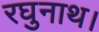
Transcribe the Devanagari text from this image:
रघुनाथ।